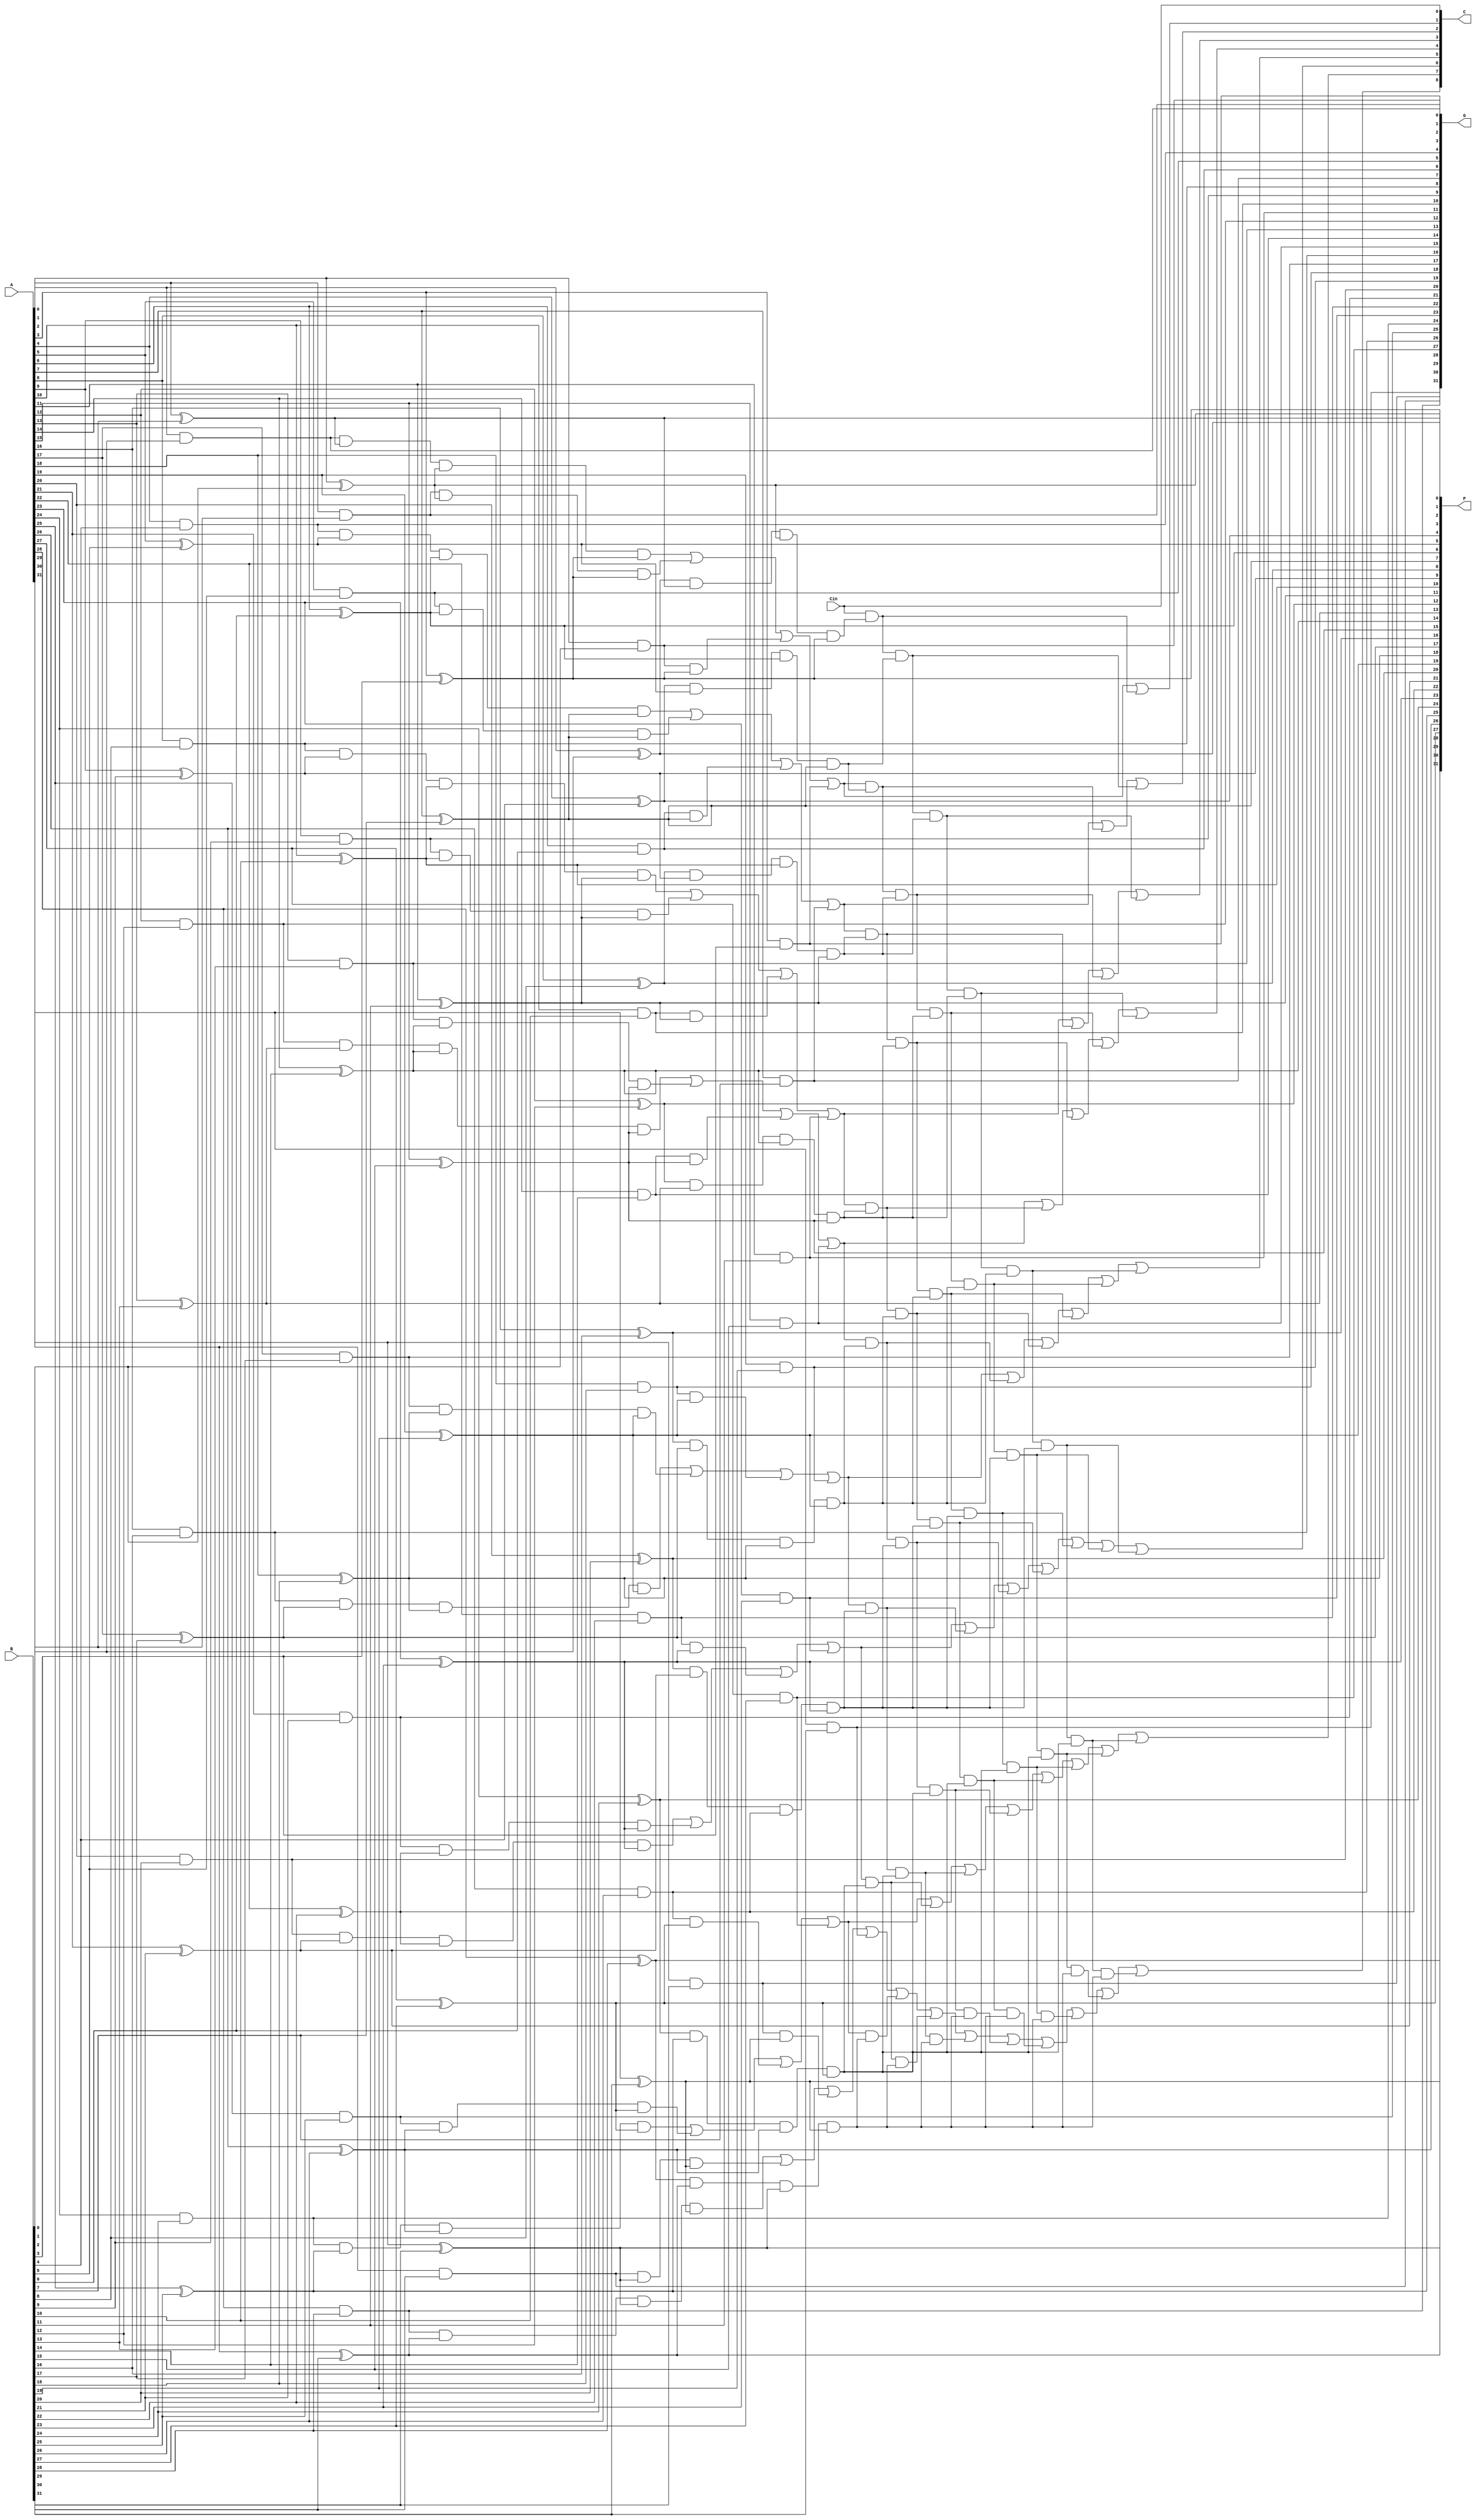
`timescale 1ns / 1ps

module GenProp(
    input [31:0] A,
    input [31:0] B,
    input Cin,
    output [31:0] G,
    output [31:0] P,
    output [8:0] C
    );
	genvar i;
    generate for( i=0;i<32;i=i+1)
    begin
       assign #3 G[i]=A[i]&B[i];
       assign #3 P[i]=A[i]^B[i];
    end
    endgenerate
    
    wire [7:0] Gs, Ps;
    generate for( i=0; i<8; i=i+1) begin
        assign #3 Ps[i] = P[4*i] & P[4*i+1] & P[4*i+2] & P[4*i+3];
        assign #6 Gs[i] = (G[4*i] & P[4*i+1] & P[4*i+2] & P[4*i+3]) | (G[4*i+1] & P[4*i+2] & P[4*i+3]) | (G[4*i+2] & P[4*i+3]) | G[4*i+3];
    end
    endgenerate
    
    assign C[0] = Cin;
    
    assign #6 C[1] = Gs[0] | (C[0]&Ps[0]);
    assign #6 C[2] = Gs[1] | (Gs[0]&Ps[1]) | (C[0]&Ps[0]&Ps[1]);
    assign #6 C[3] = Gs[2] | (Gs[1]&Ps[2]) | (Gs[0]&Ps[1]&Ps[2]) | (C[0]&Ps[0]&Ps[1]&Ps[2]);
    assign #6 C[4] = Gs[3] | (Gs[2]&Ps[3]) | (Gs[1]&Ps[2]&Ps[3]) | (Gs[0]&Ps[1]&Ps[2]&Ps[3]) | (C[0]&Ps[0]&Ps[1]&Ps[2]&Ps[3]);
    assign #6 C[5] = Gs[4] | (Gs[3]&Ps[4]) | (Gs[2]&Ps[3]&Ps[4]) | (Gs[1]&Ps[2]&Ps[3]&Ps[4]) | (Gs[0]&Ps[1]&Ps[2]&Ps[3]&Ps[4]) | (C[0]&Ps[0]&Ps[1]&Ps[2]&Ps[3]&Ps[4]);
    assign #6 C[6] = Gs[5] | (Gs[4]&Ps[5]) | (Gs[3]&Ps[4]&Ps[5]) | (Gs[2]&Ps[3]&Ps[4]&Ps[5]) | (Gs[1]&Ps[2]&Ps[3]&Ps[4]&Ps[5]) | (Gs[0]&Ps[1]&Ps[2]&Ps[3]&Ps[4]&Ps[5]) | (C[0]&Ps[0]&Ps[1]&Ps[2]&Ps[3]&Ps[4]&Ps[5]);
    assign #6 C[7] = Gs[6] | (Gs[5]&Ps[6]) | (Gs[4]&Ps[5]&Ps[6]) | (Gs[3]&Ps[4]&Ps[5]&Ps[6]) | (Gs[2]&Ps[3]&Ps[4]&Ps[5]&Ps[6]) | (Gs[1]&Ps[2]&Ps[3]&Ps[4]&Ps[5]&Ps[6]) | (Gs[0]&Ps[1]&Ps[2]&Ps[3]&Ps[4]&Ps[5]&Ps[6]) | (C[0]&Ps[0]&Ps[1]&Ps[2]&Ps[3]&Ps[4]&Ps[5]&Ps[6]);
    assign #6 C[8] = Gs[7] | (Gs[6]&Ps[7]) | (Gs[5]&Ps[6]&Ps[7]) | (Gs[4]&Ps[5]&Ps[6]&Ps[7]) | (Gs[3]&Ps[4]&Ps[5]&Ps[6]&Ps[7]) | (Gs[2]&Ps[3]&Ps[4]&Ps[5]&Ps[6]&Ps[7]) | (Gs[1]&Ps[2]&Ps[3]&Ps[4]&Ps[5]&Ps[6]&Ps[7]) | (Gs[0]&Ps[1]&Ps[2]&Ps[3]&Ps[4]&Ps[5]&Ps[6]&Ps[7]) | (C[0]&Ps[0]&Ps[1]&Ps[2]&Ps[3]&Ps[4]&Ps[5]&Ps[6]&Ps[7]);
    
    
endmodule